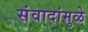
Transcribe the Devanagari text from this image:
संवादांमुळे